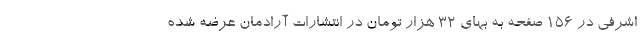
اشرفی در ۱۵۶ صفحه به بهای ۳۲ هزار تومان در انتشارات آرادمان عرضه شده